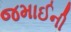
જમાઈની